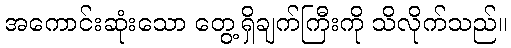
အကောင်းဆုံးသော တွေ့ရှိချက်ကြီးကို သိလိုက်သည်။